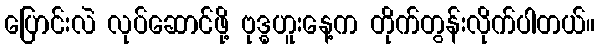
ပြောင်းလဲ လုပ်ဆောင်ဖို့ ဗုဒ္ဓဟူးနေ့က တိုက်တွန်းလိုက်ပါတယ်။